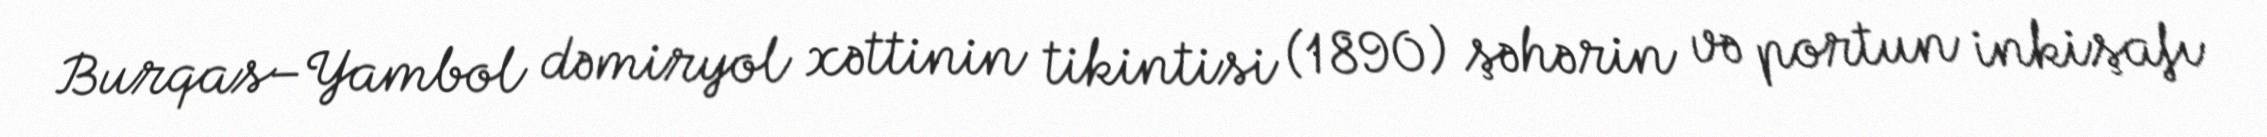
Burqas–Yambol dəmiryol xəttinin tikintisi (1890) şəhərin və portun inkişafı